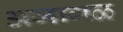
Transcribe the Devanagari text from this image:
अजागळ